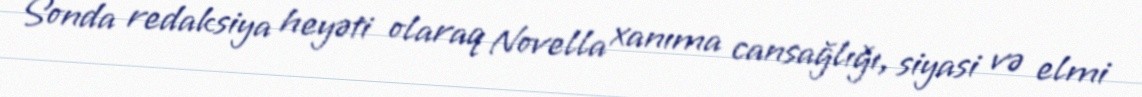
Sonda redaksiya heyəti olaraq Novella xanıma cansağlığı, siyasi və elmi